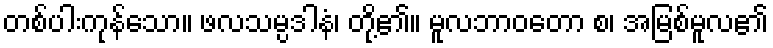
တစ်ပါးကုန်သော။ ဖလသမ္ပဒါနံ၊ တို့၏။ မူလဘာဝတော စ၊ အမြစ်မူလ၏